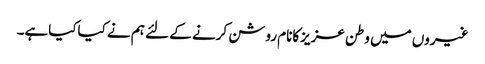
غیروں میں وطن عزیزکانام روشن کرنے کے لئے ہم نے کیاکیاہے۔